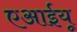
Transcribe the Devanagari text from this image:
एआईयू